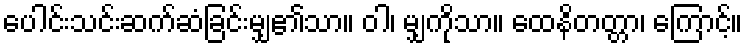
ပေါင်းသင်းဆက်ဆံခြင်းမျှ၏သာ။ ဝါ၊ မျှကိုသာ။ ထေနိတတ္တာ၊ ကြောင့်။